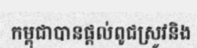
កម្ពុជាបានផ្តល់ពូជស្រូវនិង